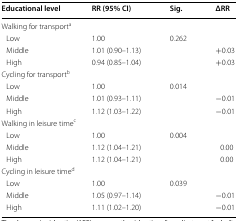
| Educational level | RR (95% CI) | Sig. | ΔRR |
 | --- | --- | --- | --- |
 | <COLSPAN=4> Walking for transporta |
 | Low | 1.00 | 0.262 |  |
 | Middle | 1.01 (0.90–1.13) |  | +0.03 |
 | High | 0.94 (0.85–1.04) |  | +0.03 |
 | <COLSPAN=4> Cycling for transportb |
 | Low | 1.00 | 0.014 |  |
 | Middle | 1.01 (0.93–1.11) |  | −0.01 |
 | High | 1.12 (1.03–1.22) |  | −0.01 |
 | <COLSPAN=4> Walking in leisure timec |
 | Low | 1.00 | 0.004 |  |
 | Middle | 1.12 (1.04–1.21) |  | 0.00 |
 | High | 1.12 (1.04–1.21) |  | 0.00 |
 | <COLSPAN=4> Cycling in leisure timed |
 | Low | 1.00 | 0.039 |  |
 | Middle | 1.05 (0.97–1.14) |  | −0.01 |
 | High | 1.11 (1.02–1.20) |  | −0.01 |